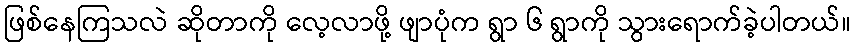
ဖြစ်နေကြသလဲ ဆိုတာကို လေ့လာဖို့ ဖျာပုံက ရွာ ၆ ရွာကို သွားရောက်ခဲ့ပါတယ်။